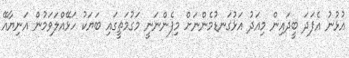
އުޅުނު އެފަދަ ބީދައިން މިއަދު އަޅުގަނޑުމެންނަށް މިފެންނަނީ މަގުމަތީގައި ބަޔަކު ހަޅޭއްލަވަމުން އަނިޔާއޭ